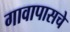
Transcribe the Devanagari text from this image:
गावापासचे